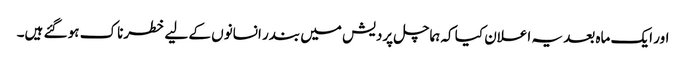
اور ایک ماہ بعد یہ اعلان کیا کہ ہماچل پردیش میں بندر انسانوں کے لیے خطرناک ہو گئے ہیں۔